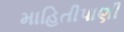
માહિતીપાણી